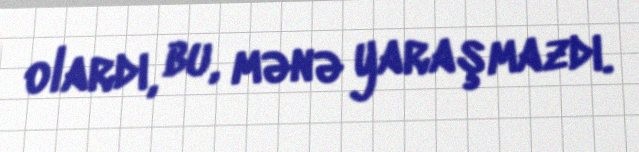
olardı, bu, mənə yaraşmazdı.